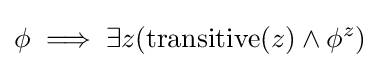
\phi \implies \exists z({\textrm {transitive}}(z)\land \phi ^{z})